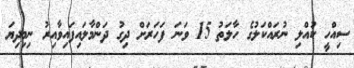
ސިއްހީ ކުއްލި ނުރައްކަލުގެ ހާލަތު 15 ވަނަ ފަހަރަށް ދިގު ދަންމާލަައިފައިވާއިރު ނިމިދިޔަ